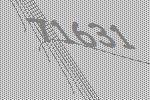
71631